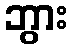
ဘွား